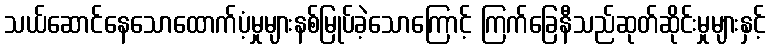
သယ်ဆောင်နေသောထောက်ပံ့မှုများနစ်မြုပ်ခဲ့သောကြောင့် ကြက်ခြေနီသည်ဆုတ်ဆိုင်းမှုများနှင့်